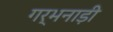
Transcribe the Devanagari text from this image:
गर्भनाड़ी